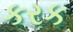
કરક